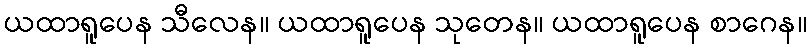
ယထာရူပေန သီလေန။ ယထာရူပေန သုတေန။ ယထာရူပေန စာဂေန။